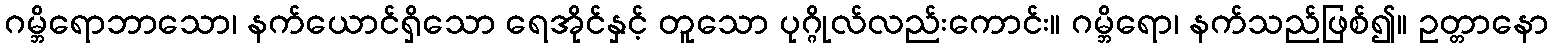
ဂမ္ဘိရောဘာသော၊ နက်ယောင်ရှိသော ရေအိုင်နှင့် တူသော ပုဂ္ဂိုလ်လည်းကောင်း။ ဂမ္ဘိရော၊ နက်သည်ဖြစ်၍။ ဥတ္တာနော